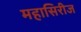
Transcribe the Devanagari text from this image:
महासिरीज